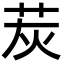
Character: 𦭹